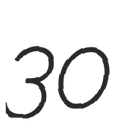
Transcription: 30